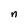
Character: n